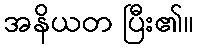
အနိယတ ပြီး၏။